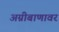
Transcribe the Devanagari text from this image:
अग्नीबाणावर